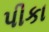
પીકા